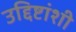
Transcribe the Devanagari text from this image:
उद्दिष्टांशी